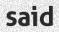
said